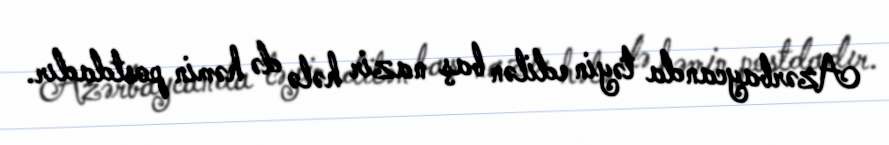
Azərbaycanda təyin edilən baş nazir hələ də həmin postdadır.